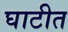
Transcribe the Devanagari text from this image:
घाटीत